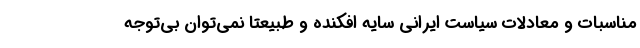
مناسبات و معادلات سیاست ایرانی سایه افکنده و طبیعتا نمی‌توان بی‌توجه